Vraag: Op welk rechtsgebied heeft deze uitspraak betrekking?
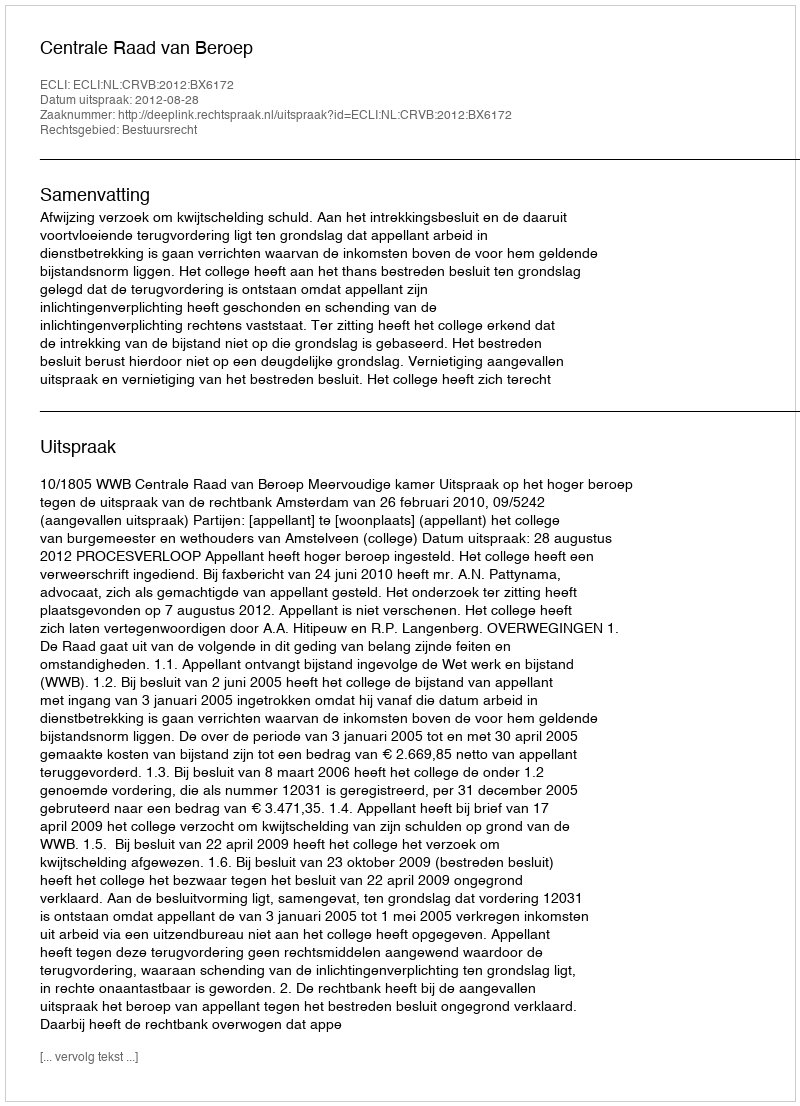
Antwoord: Bestuursrecht